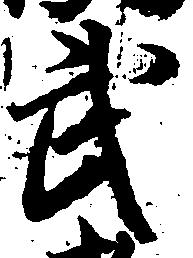
武